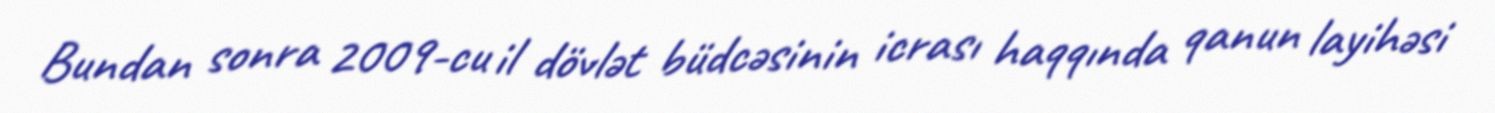
Bundan sonra 2009-cu il dövlət büdcəsinin icrası haqqında qanun layihəsi